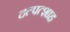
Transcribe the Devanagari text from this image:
दल्पत्शाह